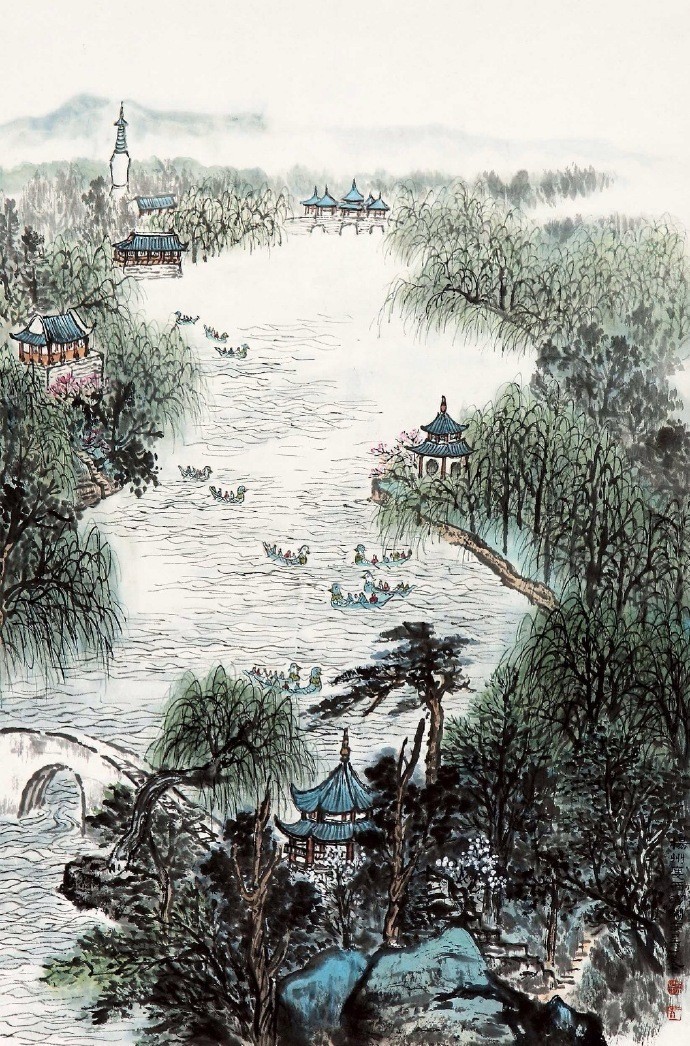
西湖又还春晚，水树乱莺啼。